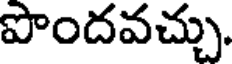
పొందవచ్చు.